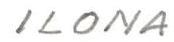
ILONA